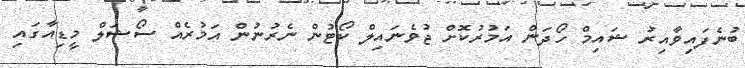
ބުނެފައިވާއިރު ޝައިމް ހޯދަން އަމުރުކޮށް ޖުވެނައިލް ކޯޓުން ނެރުނުން އަމުރެއް ސޯޝަލް މީޑިއާގައި